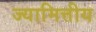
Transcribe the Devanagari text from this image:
ज्यामित्तीय